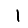
Digit: 1